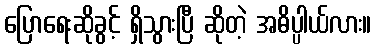
ပြောရေးဆိုခွင့် ရှိသွားပြီ ဆိုတဲ့ အဓိပ္ပါယ်လား။